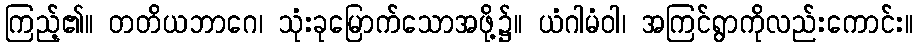
ကြည့်၏။ တတိယဘာဂေ၊ သုံးခုမြောက်သောအဖို့၌။ ယံဂါမံဝါ၊ အကြင်ရွာကိုလည်းကောင်း။